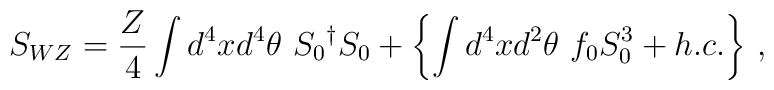
S_{WZ} = \frac{Z}{4} \int d^4 x d^4\theta ~    {S_0}^{\dagger} {S_0} +\left\{\int d^4 x d^2\theta ~ f_0S_0^3 + h.c.\right\}\, ,